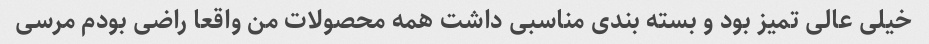
خیلی عالی تمیز بود و بسته بندی مناسبی داشت همه محصولات من واقعا راضی بودم مرسی